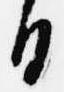
日